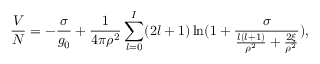
\frac { V } { N } = - \frac { \sigma } { g _ { 0 } } + \frac { 1 } { 4 \pi \rho ^ { 2 } } \sum _ { l = 0 } ^ { I } ( 2 l + 1 ) \ln ( 1 + \frac { \sigma } { \frac { l ( l + 1 ) } { \rho ^ { 2 } } + \frac { 2 \xi } { \rho ^ { 2 } } } ) ,